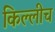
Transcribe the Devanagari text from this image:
किल्लीच